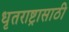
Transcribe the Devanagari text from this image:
धृतराष्ट्रासाठी